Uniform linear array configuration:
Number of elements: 8
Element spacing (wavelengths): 0.5
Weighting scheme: binomial
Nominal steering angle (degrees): -45
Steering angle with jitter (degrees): -45.439
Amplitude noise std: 0.05
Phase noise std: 0.05

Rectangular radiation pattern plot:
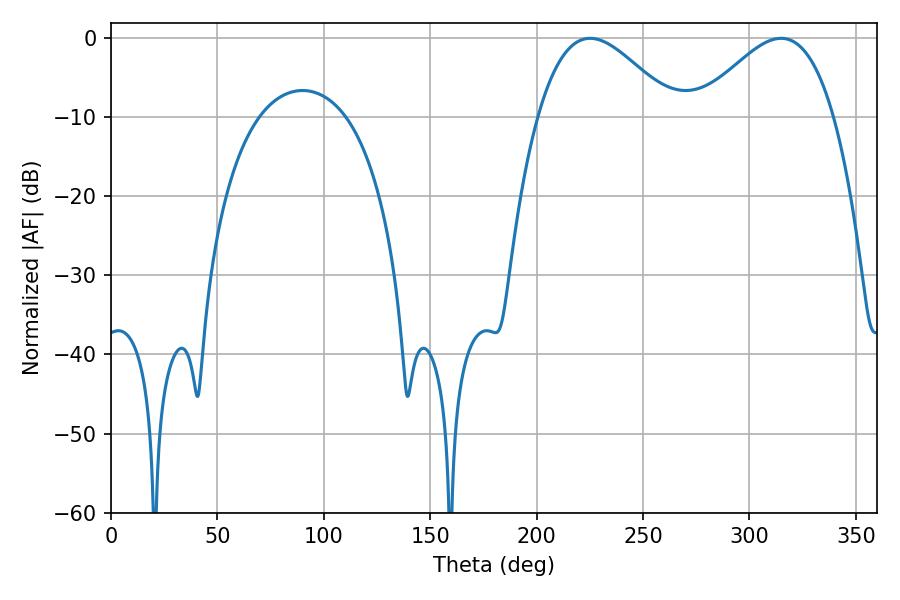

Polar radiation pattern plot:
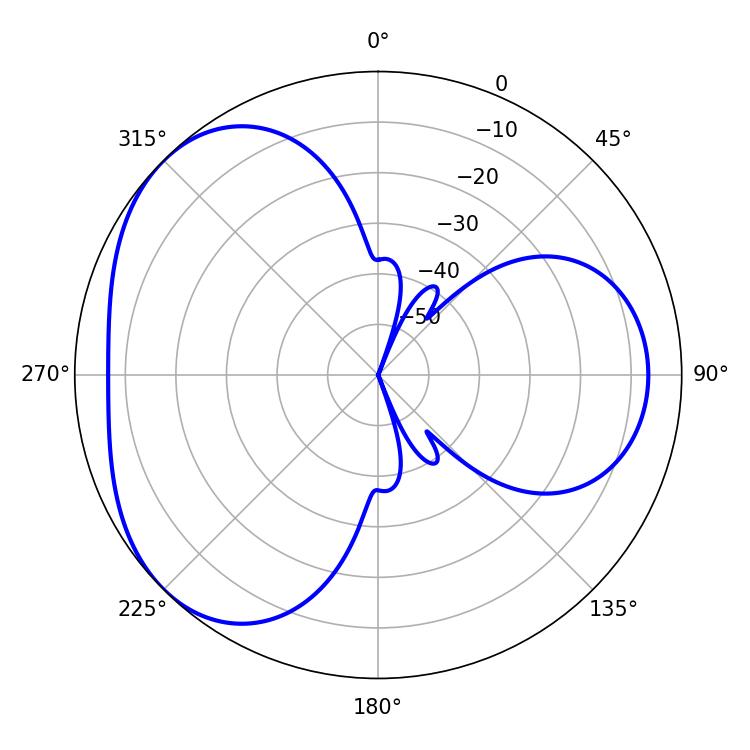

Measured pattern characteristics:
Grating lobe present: FALSE
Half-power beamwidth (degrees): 34.56
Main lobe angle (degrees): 225.18